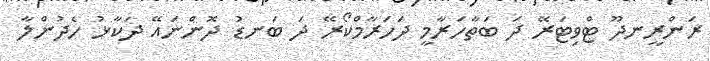
ރަންރީނދޫ ޓްވިޓަރޭ ދަ ބަތާހަރާމީ ދަހަރާމްކޯރޭ ދަ ބަނޑު ދޮންނައޭ ދަކާޅު ހެދުންލާ